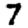
Digit: 7